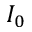
I _ { 0 }